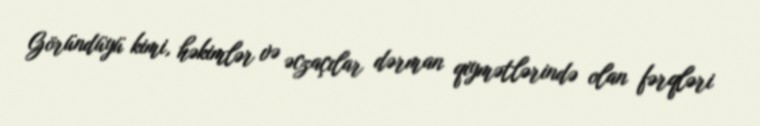
Göründüyü kimi, həkimlər və əczaçılar dərman qiymətlərində olan fərqləri